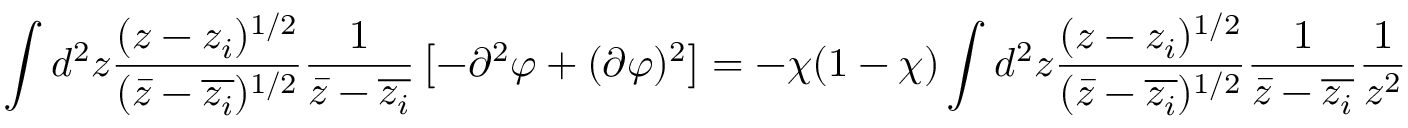
\int d ^ { 2 } z \frac { ( z - z _ { i } ) ^ { 1 / 2 } } { ( \bar { z } - \overline { { z _ { i } } } ) ^ { 1 / 2 } } \frac { 1 } { \bar { z } - \overline { { z _ { i } } } } \left[ - \partial ^ { 2 } \varphi + ( \partial \varphi ) ^ { 2 } \right] = - \chi ( 1 - \chi ) \int d ^ { 2 } z \frac { ( z - z _ { i } ) ^ { 1 / 2 } } { ( \bar { z } - \overline { { z _ { i } } } ) ^ { 1 / 2 } } \frac { 1 } { \bar { z } - \overline { { z _ { i } } } } \frac { 1 } { z ^ { 2 } }